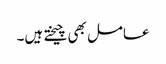
عامل بھی چیختے ہیں۔